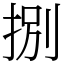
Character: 捌